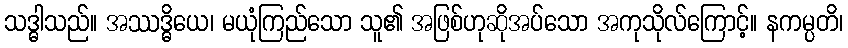
သဒ္ဓါသည်။ အဿဒ္ဓိယေ၊ မယုံကြည်သော သူ၏ အဖြစ်ဟုဆိုအပ်သော အကုသိုလ်ကြောင့်။ နကမ္ပတိ၊